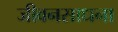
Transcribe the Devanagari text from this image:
जीवनसाधना